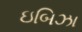
ઇબિઝા